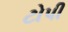
ટોપી